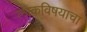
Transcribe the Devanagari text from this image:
लोकविषयाचा